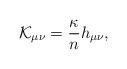
LaTeX: \begin{align*}{\cal K}_{\mu\nu}={\kappa\over n}h_{\mu\nu},\end{align*}